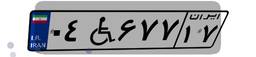
۰۴W۶۷۷۱۷